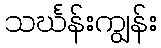
သင်္ဃန်းကျွန်း